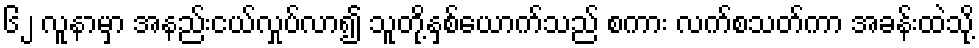
၆၂ လူနာမှာ အနည်းငယ်လှုပ်လာ၍ သူတို့နှစ်ယောက်သည် စကား လက်စသတ်ကာ အခန်းထဲသို့